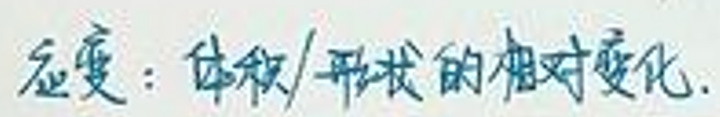
应变：体积/形状的相对变化。